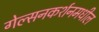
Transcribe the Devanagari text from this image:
गेल्सनकर्शनमधील